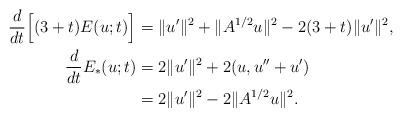
LaTeX: \begin{align*}\frac{d}{dt}\Big[(3+t)E(u;t)\Big]&=\|u'\|^2+\|A^{1/2}u\|^2-2(3+t)\|u'\|^2,\\\frac{d}{dt}E_*(u;t)&=2\|u'\|^2+2(u,u''+u')\\&=2\|u'\|^2-2\|A^{1/2}u\|^2.\end{align*}